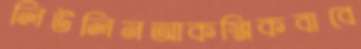
লিউলিনআকস্মিকবাবে